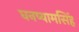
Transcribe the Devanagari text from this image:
घनष्यामसिंह